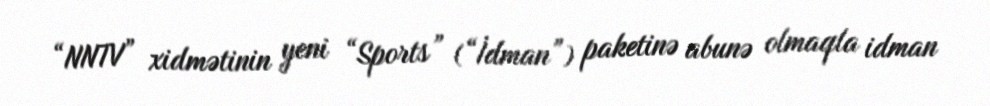
“NNTV” xidmətinin yeni “Sports” (“İdman”) paketinə abunə olmaqla idman